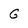
Character: G